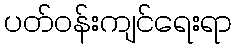
ပတ်ဝန်းကျင်ရေးရာ